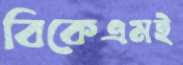
বিকেএমই